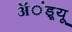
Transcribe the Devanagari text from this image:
ॲंड्र्यू